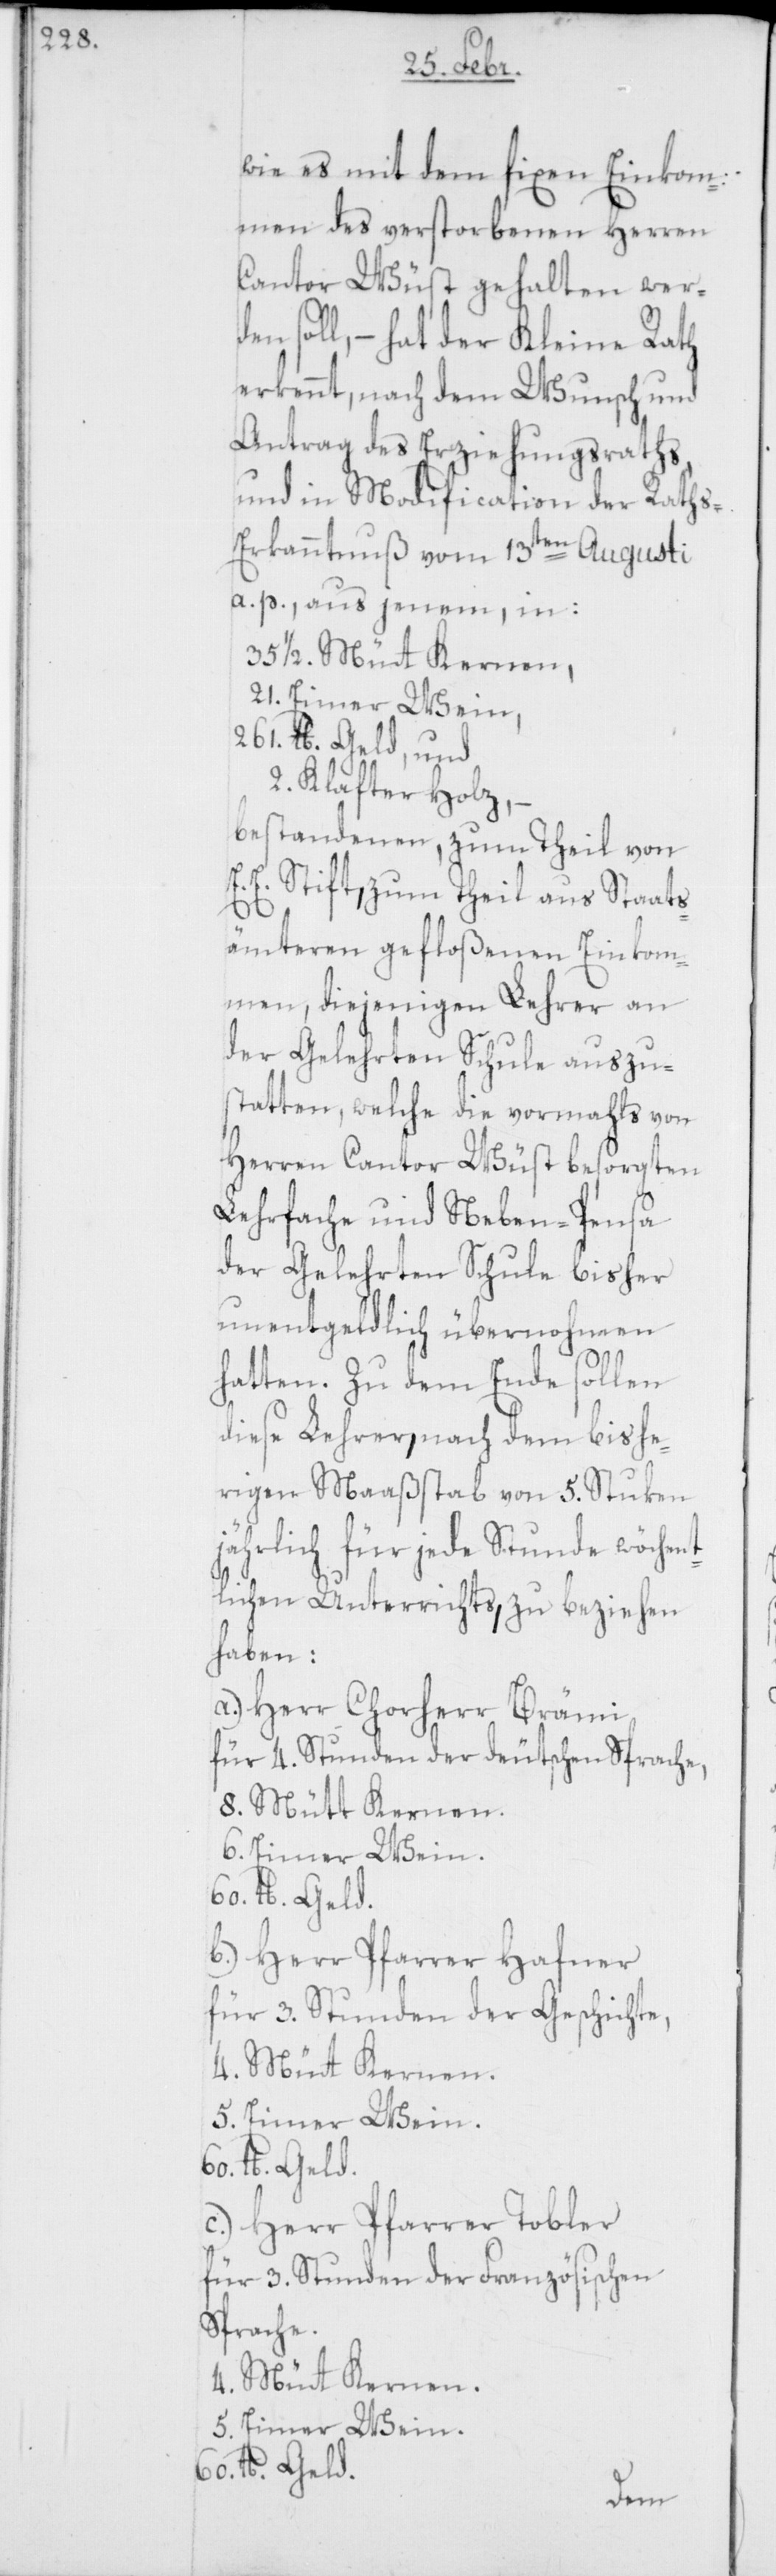
wie es mit dem fixen Einkom¬
men des verstorbenen Herren
Cantor Wüst gehalten wer¬
den soll, – hat der Kleine Rath
erkennt, nach dem Wunsch und
Antrag des Erziehungsraths,
und in Modification der Raths¬
erkanntnuß vom 13ten Augusti
a. p., aus jenem, in:
35 1/2. Müt Kernen,
21. Eimer Wein,
261. lb. Geld, und
2. Klafter Holz, –
bestandenen, zum Theil von
E. E. Stift, zum Theil aus Staats¬
ämteren gefloßenen Einkom¬
men, diejenigen Lehrer an
der Gelehrtenschule auszu¬
statten, welche die vormahls von
Herren Cantor Wüst besorgten
Lehrfache und Neben-Pensa
der Gelehrtenschule bisher
unentgeldlich übernohmen
hatten. Zu dem Ende sollen
diese Lehrer, nach dem bishe¬
rigen Maaßstab von 5. Stuken
jährlich für jede Stunde wöchent¬
lichen Unterrichts, zu beziehen
haben:
a.) Herr Chorherr Brämi
für 4. Stunden der deutschen Sprache,
8. Mütt Kernen,
6. Eimer Wein,
60 lb. Geld.
b) Herr Pfarrer Hafner,
für 3. Stunden der Geschichte,
4. Müt Kernen,
5. Eimer Wein,
60 lb .Geld.
c.) Herr Pfarrer Tobler,
für 3. Stunden der Französischen
Sprache,